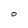
Character: O